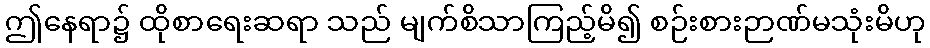
ဤနေရာ၌ ထိုစာရေးဆရာ သည် မျက်စိသာကြည့်မိ၍ စဉ်းစားဉာဏ်မသုံးမိဟု